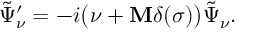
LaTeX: \tilde { \Psi } _ { \nu } ^ { \prime } = - i \bigl ( \nu + { \bf M } \delta ( \sigma ) \bigr ) \tilde { \Psi } _ { \nu } .